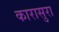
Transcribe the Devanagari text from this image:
कारासुरा